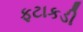
ફટાકડી